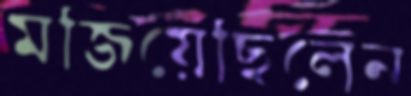
মজিয়েছিলেন